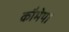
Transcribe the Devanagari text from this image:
कौमेया